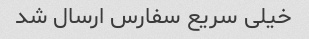
خیلی سریع سفارس ارسال شد